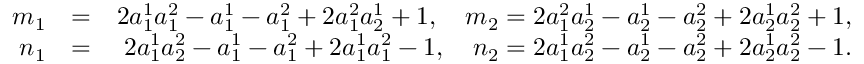
\begin{array} { r } { \begin{array} { r l r } { m _ { 1 } } & { = } & { 2 a _ { 1 } ^ { 1 } a _ { 1 } ^ { 2 } - a _ { 1 } ^ { 1 } - a _ { 1 } ^ { 2 } + 2 a _ { 1 } ^ { 2 } a _ { 2 } ^ { 1 } + 1 , \quad m _ { 2 } = 2 a _ { 1 } ^ { 2 } a _ { 2 } ^ { 1 } - a _ { 2 } ^ { 1 } - a _ { 2 } ^ { 2 } + 2 a _ { 2 } ^ { 1 } a _ { 2 } ^ { 2 } + 1 , } \\ { n _ { 1 } } & { = } & { 2 a _ { 1 } ^ { 1 } a _ { 2 } ^ { 2 } - a _ { 1 } ^ { 1 } - a _ { 1 } ^ { 2 } + 2 a _ { 1 } ^ { 1 } a _ { 1 } ^ { 2 } - 1 , \quad n _ { 2 } = 2 a _ { 1 } ^ { 1 } a _ { 2 } ^ { 2 } - a _ { 2 } ^ { 1 } - a _ { 2 } ^ { 2 } + 2 a _ { 2 } ^ { 1 } a _ { 2 } ^ { 2 } - 1 . } \end{array} } \end{array}